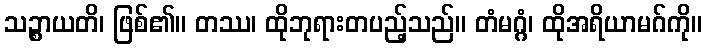
သဉ္စာယတိ၊ ဖြစ်၏။ တဿ၊ ထိုဘုရားတပည့်သည်။ တံမဂ္ဂံ၊ ထိုအရိယာမဂ်ကို။